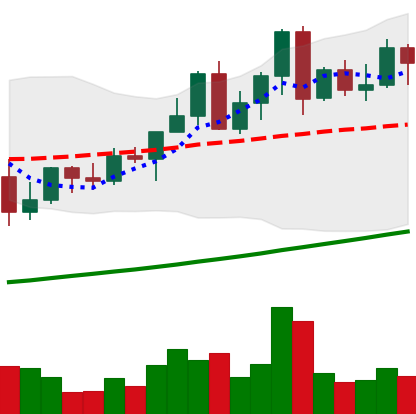
Ticker: LINK-USD
Chart end date: 2021-04-12
Forward return: 21.95%
Label: up_7plus